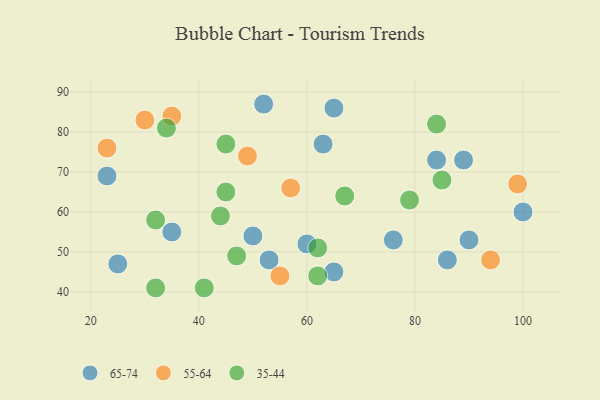
{"axis": {"x": "GDP", "y": "Life Expectancy"}, "legend": ["35-44", "55-64", "65-74"], "data": [{"x": "50", "y": 54, "type": "65-74"}, {"x": "90", "y": 53, "type": "65-74"}, {"x": "60", "y": 52, "type": "65-74"}, {"x": "89", "y": 73, "type": "65-74"}, {"x": "35", "y": 55, "type": "65-74"}, {"x": "25", "y": 47, "type": "65-74"}, {"x": "65", "y": 45, "type": "65-74"}, {"x": "63", "y": 77, "type": "65-74"}, {"x": "86", "y": 48, "type": "65-74"}, {"x": "53", "y": 48, "type": "65-74"}, {"x": "76", "y": 53, "type": "65-74"}, {"x": "84", "y": 73, "type": "65-74"}, {"x": "52", "y": 87, "type": "65-74"}, {"x": "65", "y": 86, "type": "65-74"}, {"x": "100", "y": 60, "type": "65-74"}, {"x": "23", "y": 69, "type": "65-74"}, {"x": "35", "y": 84, "type": "55-64"}, {"x": "55", "y": 44, "type": "55-64"}, {"x": "99", "y": 67, "type": "55-64"}, {"x": "30", "y": 83, "type": "55-64"}, {"x": "23", "y": 76, "type": "55-64"}, {"x": "49", "y": 74, "type": "55-64"}, {"x": "94", "y": 48, "type": "55-64"}, {"x": "57", "y": 66, "type": "55-64"}, {"x": "41", "y": 41, "type": "35-44"}, {"x": "62", "y": 44, "type": "35-44"}, {"x": "47", "y": 49, "type": "35-44"}, {"x": "45", "y": 77, "type": "35-44"}, {"x": "32", "y": 41, "type": "35-44"}, {"x": "45", "y": 65, "type": "35-44"}, {"x": "84", "y": 82, "type": "35-44"}, {"x": "62", "y": 51, "type": "35-44"}, {"x": "32", "y": 58, "type": "35-44"}, {"x": "79", "y": 63, "type": "35-44"}, {"x": "85", "y": 68, "type": "35-44"}, {"x": "34", "y": 81, "type": "35-44"}, {"x": "67", "y": 64, "type": "35-44"}, {"x": "44", "y": 59, "type": "35-44"}]}